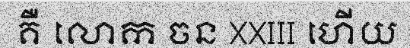
គឺ លោក ចន XXIII ហើយ